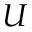
U